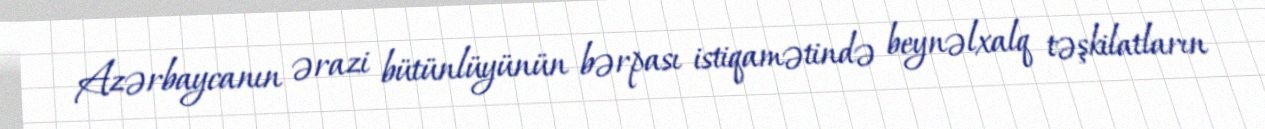
Azərbaycanın ərazi bütünlüyünün bərpası istiqamətində beynəlxalq təşkilatların